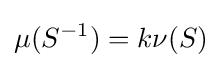
\mu (S^{-1})=k\nu (S)